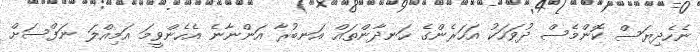
ނެހެދިޔަސް ކޮންމެސް ދުވަހަކު އަހަރެންގެ ހަނދާންތައް އަނބުރާ އަންނާނެ އެހެންވީމަ އަމިއްލަ ނަފްސަށް